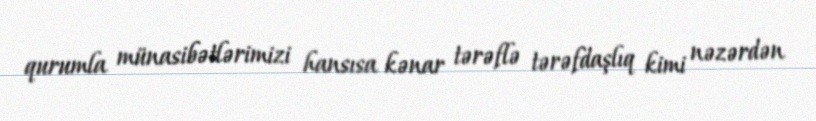
qurumla münasibətlərimizi hansısa kənar tərəflə tərəfdaşlıq kimi nəzərdən